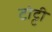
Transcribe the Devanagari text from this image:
टोट्टी